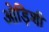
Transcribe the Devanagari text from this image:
ओड़िशी